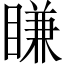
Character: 䁠